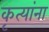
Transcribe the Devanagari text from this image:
कृत्यांना